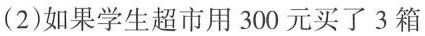
(2)如果学生超市用 300 元买了 3 箱